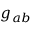
g _ { a b }